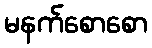
မနက်စောစော